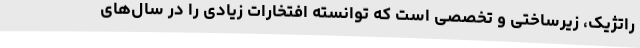
راتژیک، زیرساختی و تخصصی است که توانسته افتخارات زیادی را در سال‌های